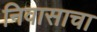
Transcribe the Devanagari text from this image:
निवासाचा